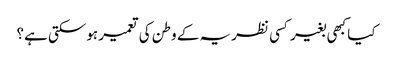
کیا کبھی بغیر کسی نظریہ کے وطن کی تعمیر ہوسکتی ہے؟